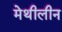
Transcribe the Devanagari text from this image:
मेथीलीन